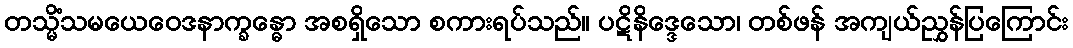
တသ္မိံသမယေဝေဒနာက္ခန္ဓော အစရှိသော စကားရပ်သည်။ ပဋိနိဒ္ဒေသော၊ တစ်ဖန် အကျယ်ညွှန်ပြကြောင်း